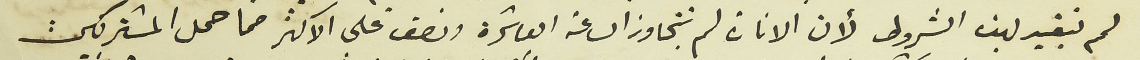
لم تبقيه بهذه الشروط لأن الانارة لم تتجاوز الساعة العاشرة ونصف على الاكثر مما حمل المشتركين